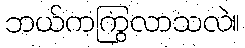
ဘယ်ကကြွလာသလဲ။